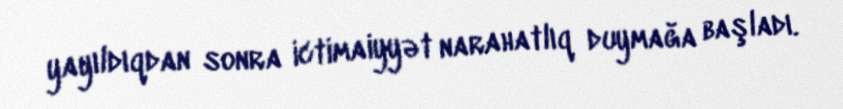
yayıldıqdan sonra ictimaiyyət narahatlıq duymağa başladı.